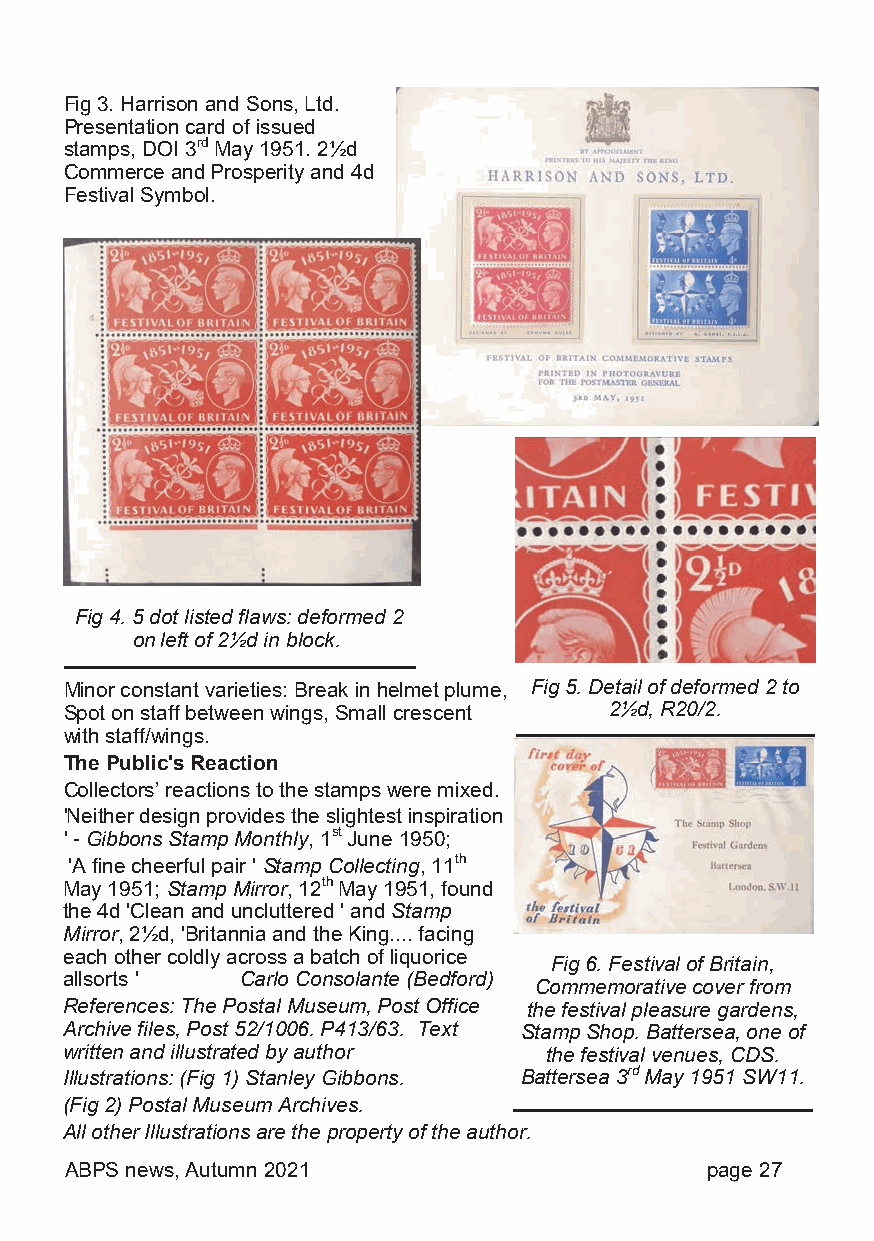
Fig 3. Harrison and Sons, Ltd.
 Presentation card of issued
 stamps, DOI 3rd May 1951. 2½d
 Commerce and Prosperity and 4d
 Festival Symbol.
 Fig 4. 5 dot listed flaws: deformed 2
 on left of 2½d in block.
 Minor constant varieties: Break in helmet plume, Fig 5. Detail of deformed 2 to
 Spot on staff between wings, Small crescent 2½d, R20/2.
 with staff/wings.
 The Public's Reaction
 Collectors’ reactions to the stamps were mixed.
 'Neither design provides the slightest inspiration
 ' - Gibbons Stamp Monthly, 1st June 1950;
 'A fine cheerful pair ' Stamp Collecting, 11th
 May 1951; Stamp Mirror, 12th May 1951, found
 the 4d 'Clean and uncluttered ' and Stamp
 Mirror, 2½d, 'Britannia and the King.... facing
 each other coldly across a batch of liquorice
 Fig 6. Festival of Britain,
 allsorts '  Carlo Consolante (Bedford)
 Commemorative cover from
 References: The Postal Museum, Post Office the festival pleasure gardens,
 Archive files, Post 52/1006. P413/63. Text Stamp Shop. Battersea, one of
 written and illustrated by author the festival venues, CDS.
 Illustrations: (Fig 1) Stanley Gibbons. Battersea 3rd May 1951 SW11.
 (Fig 2) Postal Museum Archives.
 All other Illustrations are the property of the author.
 ABPS news, Autumn 2021                     page 27